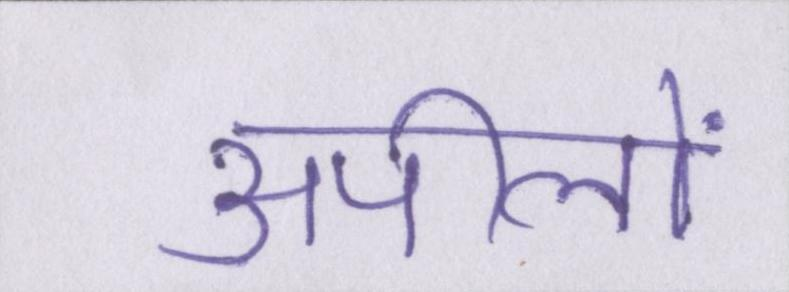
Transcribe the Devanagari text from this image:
अपीलों